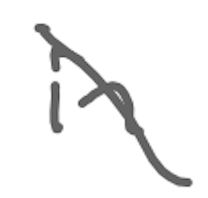
Text: in
Cross-out: diagonal
Writing tool: digital_gray